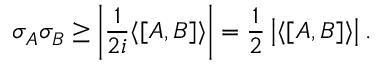
\sigma _ { A } \sigma _ { B } \geq \left| { \frac { 1 } { 2 i } } \langle [ A , B ] \rangle \right| = { \frac { 1 } { 2 } } \left| \langle [ A , B ] \rangle \right| .